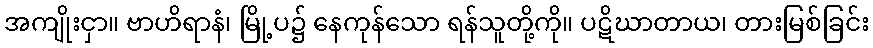
အကျိုးငှာ။ ဗာဟိရာနံ၊ မြို့ပ၌ နေကုန်သော ရန်သူတို့ကို။ ပဋိဃာတာယ၊ တားမြစ်ခြင်း